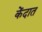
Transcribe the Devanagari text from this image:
केंदात